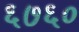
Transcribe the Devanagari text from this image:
६७६०